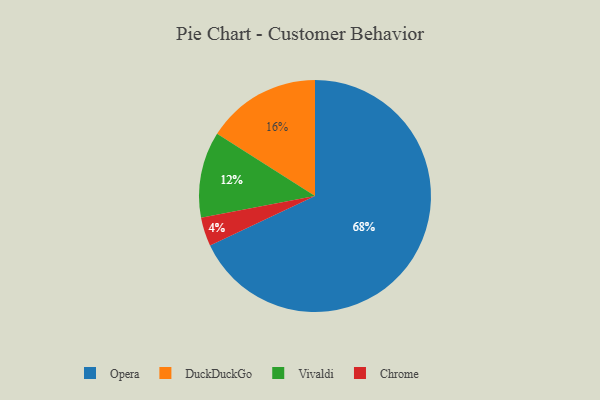
{"axis": {"x": "Category", "y": "Percentage"}, "legend": ["Chrome", "DuckDuckGo", "Opera", "Vivaldi"], "data": [{"x": "Chrome", "y": 4, "type": "Chrome"}, {"x": "DuckDuckGo", "y": 16, "type": "DuckDuckGo"}, {"x": "Opera", "y": 68, "type": "Opera"}, {"x": "Vivaldi", "y": 12, "type": "Vivaldi"}]}